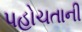
પહોચતાની